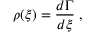
\rho ( \xi ) = \frac { d \Gamma } { d \xi } \; ,